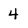
Character: 4